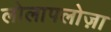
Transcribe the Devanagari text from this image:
लोलापलोज़ा